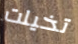
تخيلت